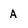
Character: A